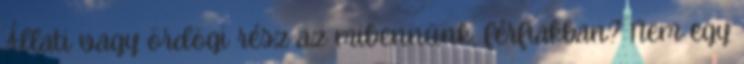
Állati vagy ördögi rész az mibennünk, férfiakban? Nem egy